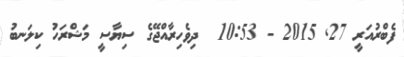
ފެބްރުއަރީ 27